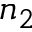
n _ { 2 }